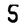
Character: S